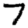
Digit: 7